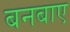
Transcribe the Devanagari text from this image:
बनबाए